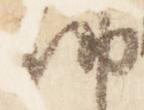
納